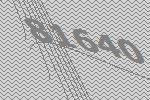
81640